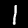
Digit: 1